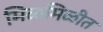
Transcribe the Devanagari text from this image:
मिळमिळीत